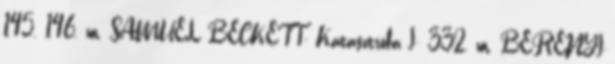
145. 146. m. SAMUEL BECKETT: Katasztrófa I 332. m. BERÉNYI